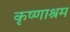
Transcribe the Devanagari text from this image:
कृष्णाश्रम